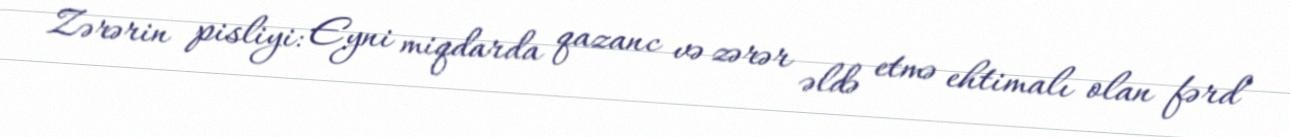
Zərərin pisliyi: Eyni miqdarda qazanc və zərər əldə etmə ehtimalı olan fərd